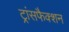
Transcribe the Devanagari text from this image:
ट्रांसफैक्शन